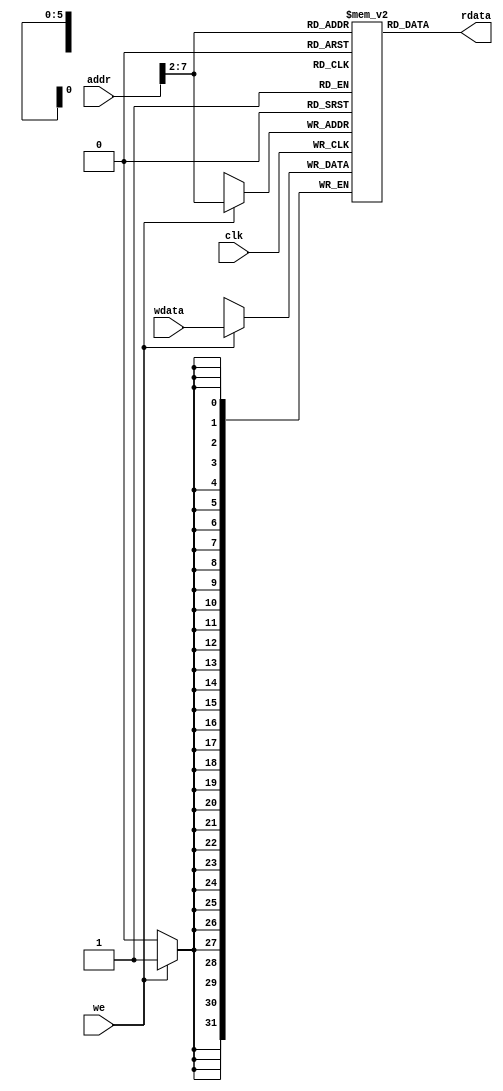
module dmem (
    input           clk,
    input  [ 7 : 0] addr,  // byte address
    input           we,    // write-enable
    input  [31 : 0] wdata, // write data
    output [31 : 0] rdata  // read data
);

    reg [31 : 0] RAM [63 : 0]/* verilator public */;

    integer idx;

    initial begin
        for (idx = 0; idx < 64; idx = idx+1) RAM[idx] = 32'h0;
    end

    // Read operation
    assign rdata = RAM[addr[7:2]];

    // Write operation
    always @(posedge clk) begin
        if (we) RAM[addr[7:2]] <= wdata;
    end

endmodule